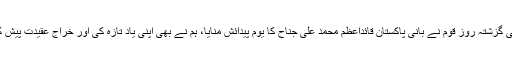
ابھی گزشتہ روز قوم نے بانی پاکستان قائداعظم محمد علی جناح کا یوم پیدائش منایا، ہم نے بھی اپنی یاد تازہ کی اور خراج عقیدت پیش کیا۔